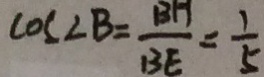
\cos \angle B = \frac { B H } { B E } = \frac { 1 } { 5 }